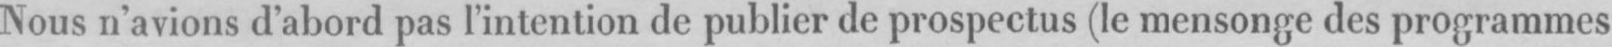
Nous n’avions d’abord pas l’intention de publier de prospectus (le mensonge de programmes